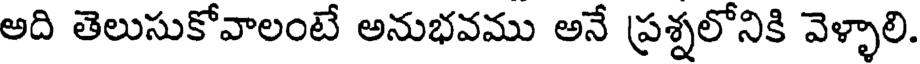
అది తెలుసుకోవాలంటే అనుభవము అనే ప్రశ్నలోనికి వెళ్ళాలి.